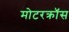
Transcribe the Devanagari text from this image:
मोटरक्रॉस